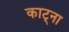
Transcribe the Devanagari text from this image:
काट्ना